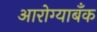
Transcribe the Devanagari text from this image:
आरोग्याबँक